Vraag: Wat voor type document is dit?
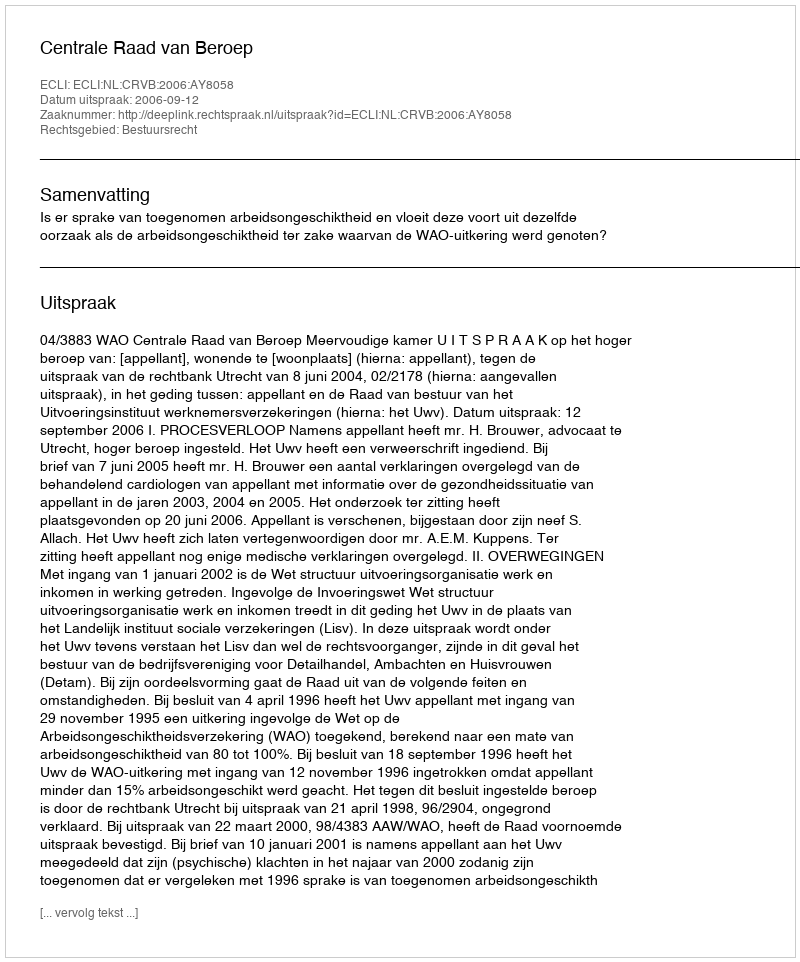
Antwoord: Uitspraak